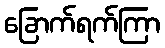
ခြောက်ရက်ကြာ